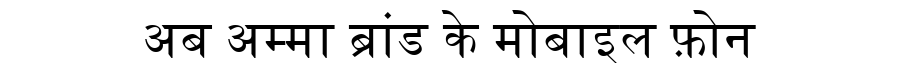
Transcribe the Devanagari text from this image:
अब अम्मा ब्रांड के मोबाइल फ़ोन